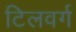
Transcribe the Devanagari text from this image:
टिलवर्ग